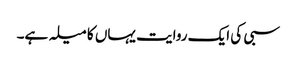
سبی کی ایک روایت یہاں کا میلہ ہے۔